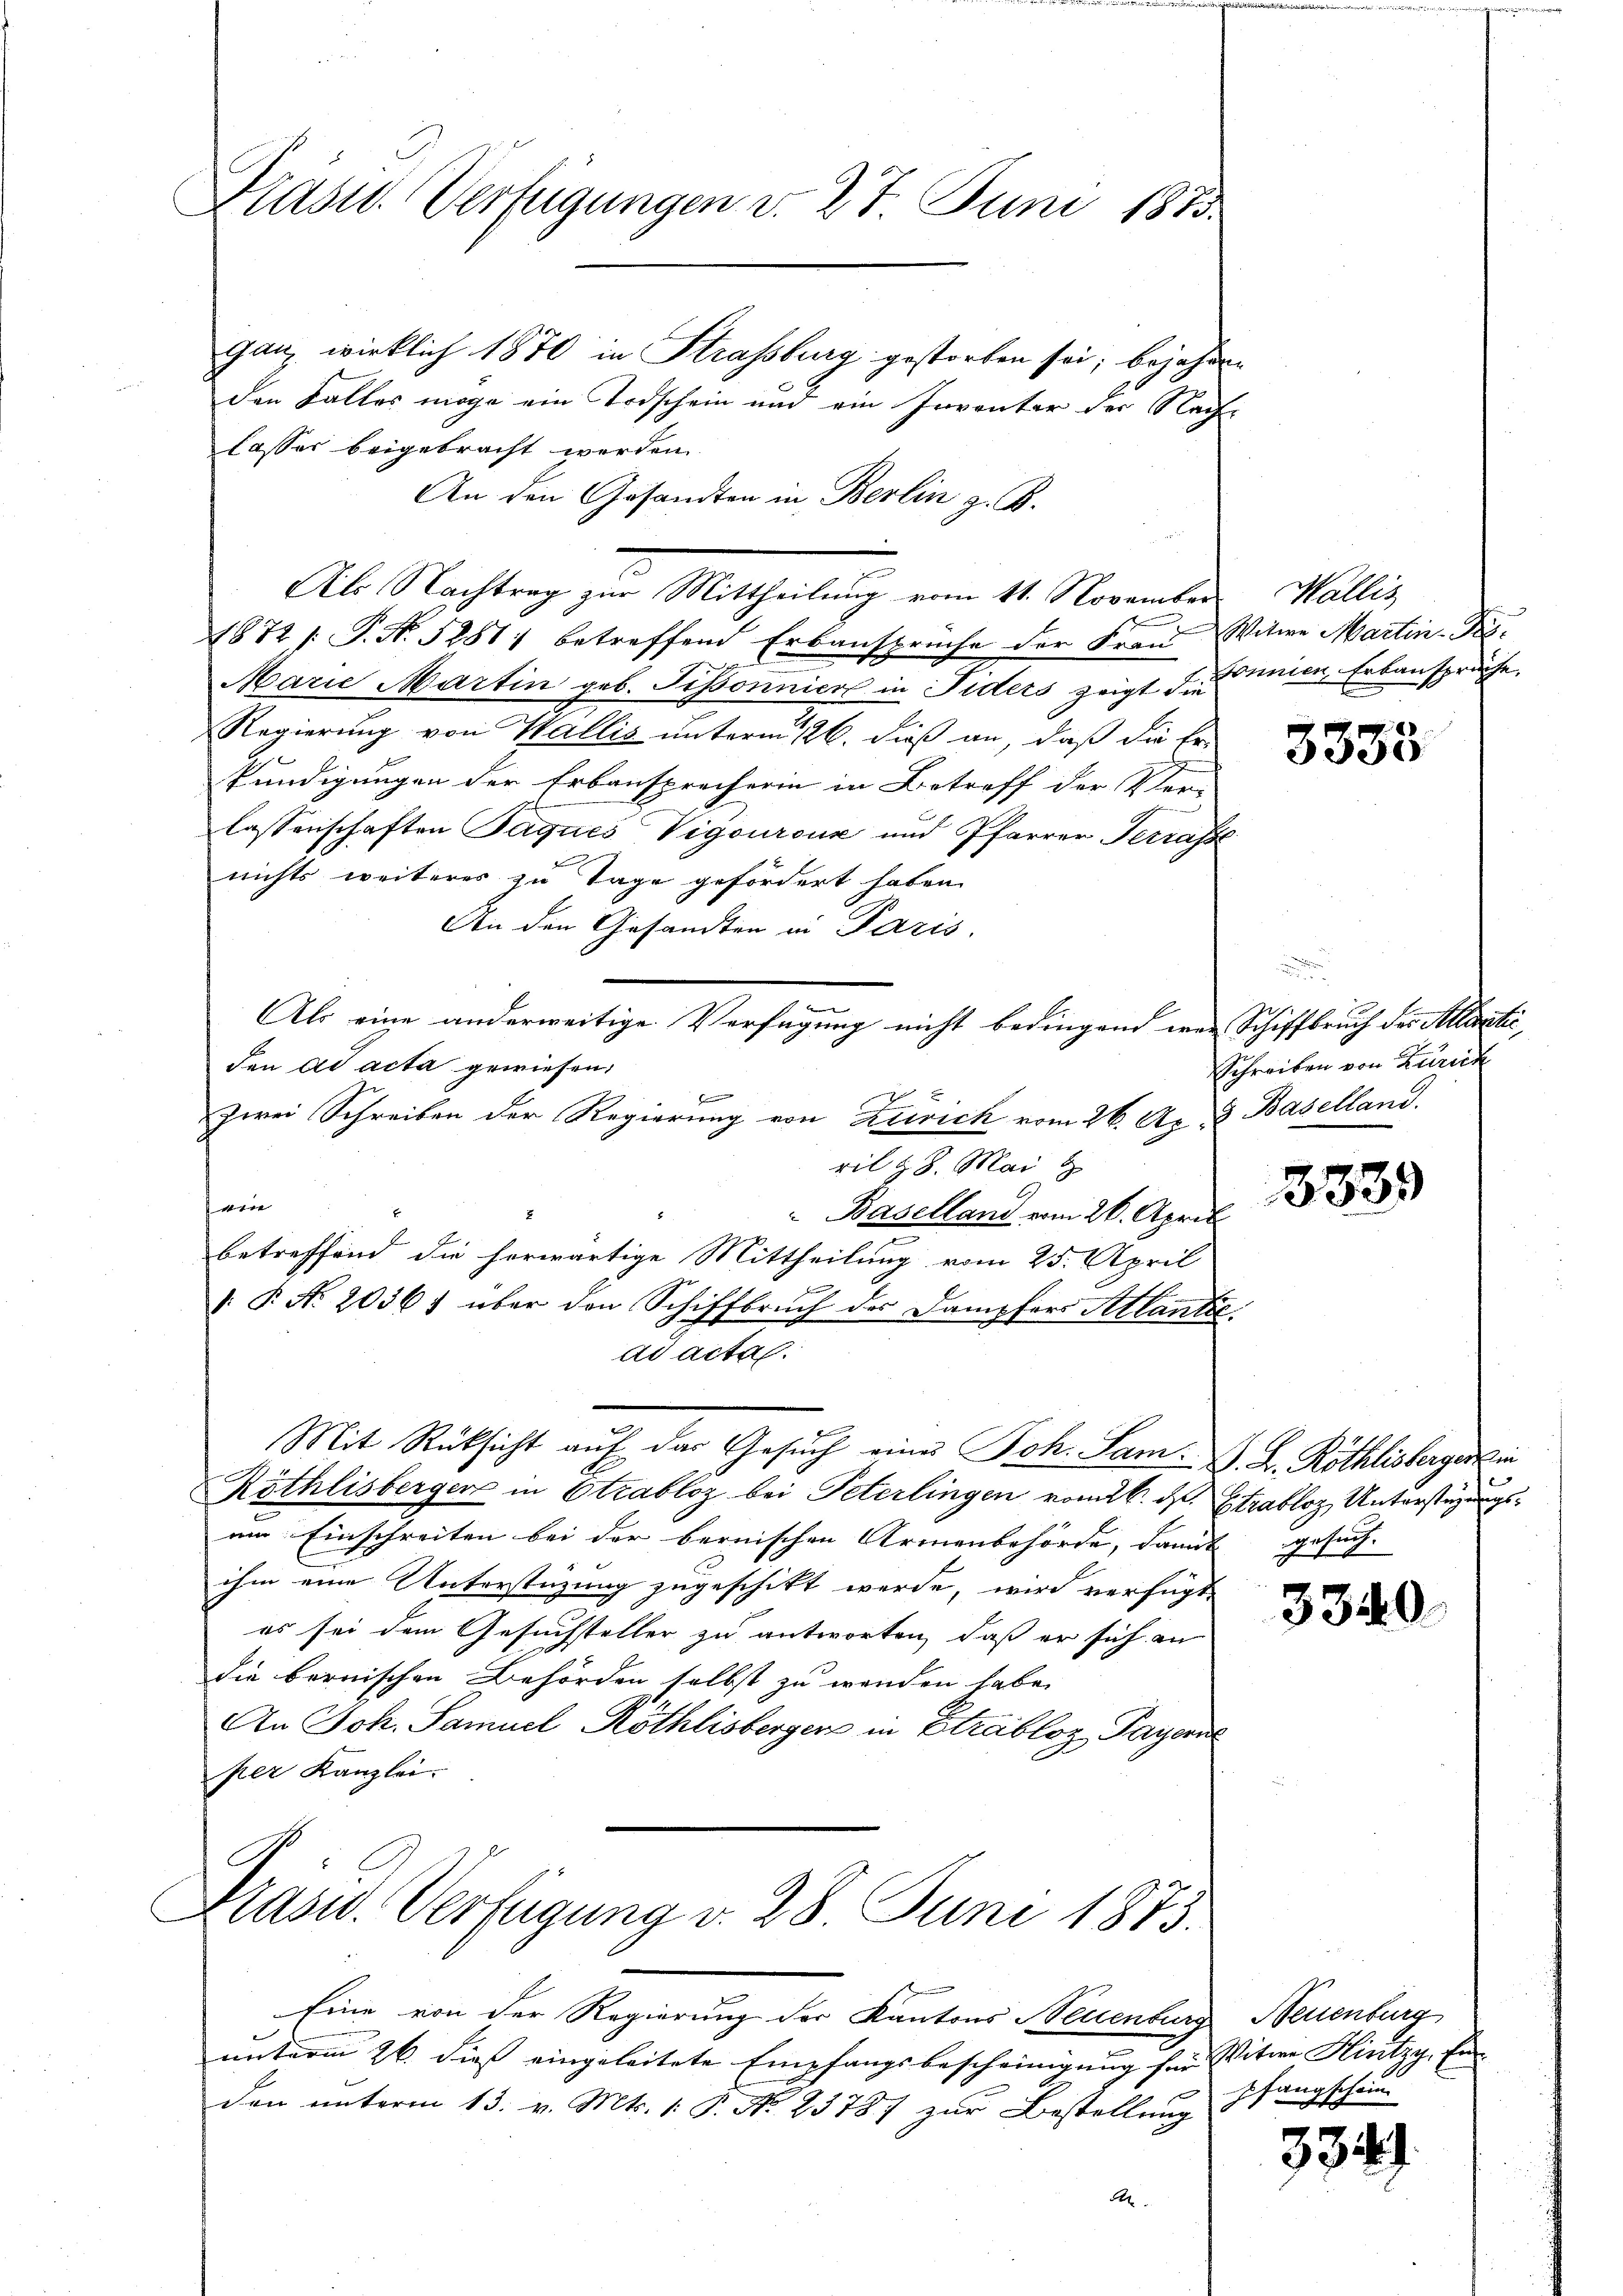
Präsid. Verfügungen v. 27. Juni 1873.

ganz wirklich 1870 in Strassburg gestorben sei; bejahren
den Falles möge ein Todschein und ein Inventer der Nachlasser beigebracht werden.
An den Gesandten in Berlin z. B.
Als Nachtrag zur Mittheilung vom 11. November
1872 /: P. Nr. 5281; betreffend Erbansprüche der Frau Witwe Martin K.
Marie Martin geb. Pissonnical in Fiders zeigt d. Linien, Erbanspräche,
Regierung von Wallis unterm 26. dieß an, daß die Er-
kündigungen der Erbansprecherin in Betreff der Ver-
lassenschaften Paques Vigouroux und Pfarrer Terrasse
nichts weiteres zu Tage gefördert haben.
An den Gesamten in Paris.
den ad acta gewiesen.
zwei Schreiben der Regierung von Zürich vom 26. Ap. 8 Baselland.
ril 18. Mai
wie
Baselland vom 26. April
betreffend die herwärtige Mittheilung vom 25. April
F
 P. Nr. 20361 über den Schiffbruch des Dampfers Atlanke
ad acta.
e
Mit Rücksicht aŭf das Gesŭch eines Joh. Sam. L. Röthlisberger in
Röthlisberger in Strabloz bei Peterlingen vom 26. ds. Etzabloz, Unterstüzungsum Einschreiten bei der bernischen Armenbehörde, damit |
ihm eine Unterstüzung zugeschikt werde, wird verfügt,
es sei dem Gesuchsteller zu antworten, daß er sich an
die bernischen Behörden selbst zu werden habe.
An Joh. Samuel Röthlisberger in Strabloz Payeris
per Kanzlei.

Als eine anderweitige Verfügung nicht bedingend war Schiffbruch des Allesti¬

Präsid. Verfügung v. 28. Juni 1873.

Eine von der Regierung der Kantons Neuenburg, Neuenburg
unterm 26. dieß eingeleitete Empfangsbescheinigung für Witwe Hintzy, En-
den unterm 13. v. Mts. 1. P. No. 23787 zur Bestellung
A

Wallis

3333

Schreiben von Zürich

3335

ersuch.

3340.

pfangschein

33.

.